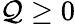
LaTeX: \mathcal{Q}\ge0